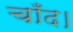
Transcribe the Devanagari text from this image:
चाँद।